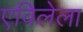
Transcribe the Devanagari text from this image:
एविलेला